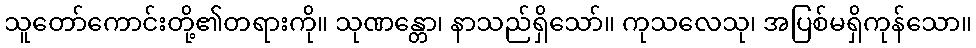
သူတော်ကောင်းတို့၏တရားကို။ သုဏန္တော၊ နာသည်ရှိသော်။ ကုသလေသု၊ အပြစ်မရှိကုန်သော။